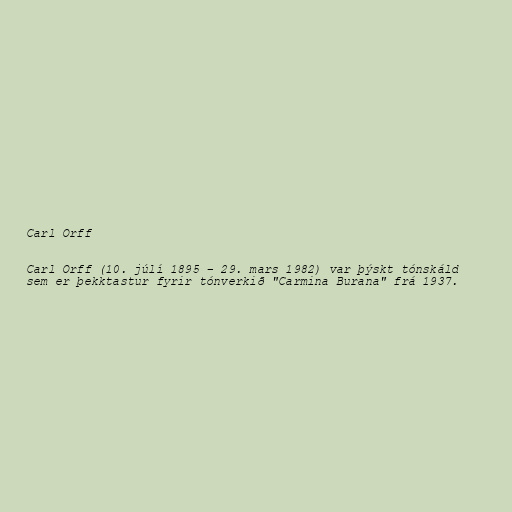
Carl Orff

Carl Orff (10. júlí 1895 – 29. mars 1982) var þýskt tónskáld
sem er þekktastur fyrir tónverkið "Carmina Burana" frá 1937.